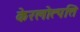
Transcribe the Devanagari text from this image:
केरलोत्पत्ति